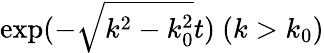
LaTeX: \mathrm{exp}(-\sqrt{k^{2}-k_{0}^{2}}t)\ (k>k_{0})